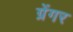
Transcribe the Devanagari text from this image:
ग्रेंगर